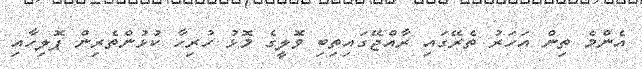
އެންމެ ތިން އަހަރު ތެރޭގައި ރާއްޖޭގައިތިބި ވޮލީގެ މޮޅު ހުރިހާ ކުޅުންތެރިން ޕޮލިހާއި